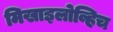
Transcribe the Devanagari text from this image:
मिखाइलोव्हिच